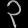
Digit: ၃